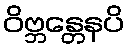
ဝိဗ္ဘန္တေနပိ